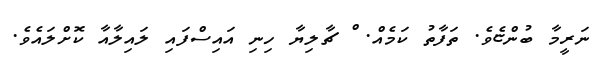
ނަރީމާ ބުންޏެވެ. ތަފާތު ކަމެއް. ް ޗާލިޔާ ހިނި އައިސްފައި ލައިލާއާ ކޮށްލައެވެ.